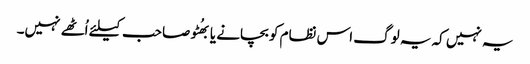
یہ نہیں کہ یہ لوگ اس نظام کو بچانے یا بھُٹو صاحب کیلئے اُٹھے نہیں۔